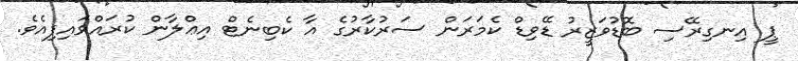
ޕީ އިނގިރޭސި ބޮޑުވަޒީރު ޑޭވިޑް ކެމަރަން ސަރުކާރުގެ އާ ކެބިނެޓް އިޢްލާން ކުރައްވައިފިއެވެ.